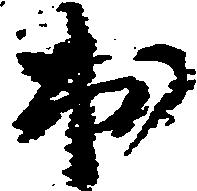
出